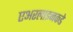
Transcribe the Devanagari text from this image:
एअरलाइनकडे